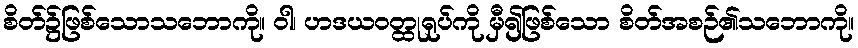
စိတ်၌ဖြစ်သောသဘောကို။ ဝါ၊ ဟဒယဝတ္ထုရုပ်ကို မှီ၍ဖြစ်သော စိတ်အစဉ်၏သဘောကို။